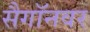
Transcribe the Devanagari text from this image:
सैगॉनवर